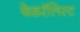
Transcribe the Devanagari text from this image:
फेडरॅलिस्ट